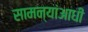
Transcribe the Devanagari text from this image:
सामन्यांआधी